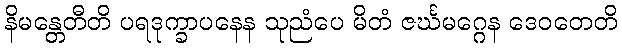
နိမန္တေတီတိ ပရဒုက္ခာပနေန သုညံပေ မိတံ ဇင်္ဃမဂ္ဂေန ဒေဝတေတိ